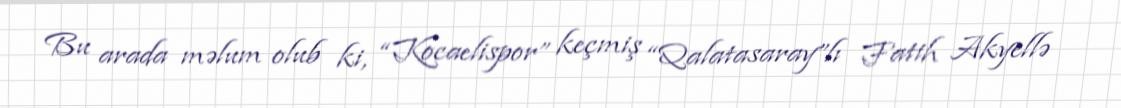
Bu arada məlum olub ki, “Kocaelispor” keçmiş “Qalatasaray”lı Fatih Akyellə